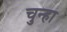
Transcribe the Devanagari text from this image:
चुन्हा